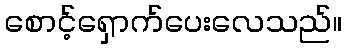
စောင့်ရှောက်ပေးလေသည်။